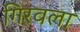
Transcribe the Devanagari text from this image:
गिरवला